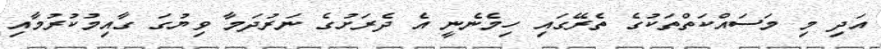
އަދި މި މަސައްކަތްތަކުގެ ތެރޭގައި ހިމެނެނީ އެ ދެރަށުގެ ނަރުދަމާ ވިޔުގަ ގާއިމުކުރުމާއި